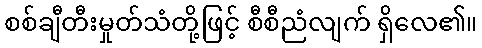
စစ်ချီတီးမှုတ်သံတို့ဖြင့် စီစီညံလျက် ရှိလေ၏။